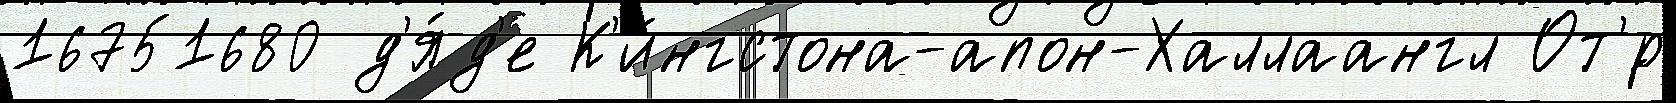
16751680 д'я́д'е К'и́нгстона-апон-Халлаангл От'́р